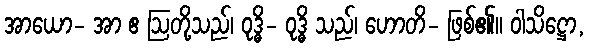
အာယော- အာ ဧ ဩတို့သည်၊ ဝုဒ္ဓိ- ဝုဒ္ဓိ သည်၊ ဟောတိ- ဖြစ်၏။ ဝါသိဋ္ဌော,